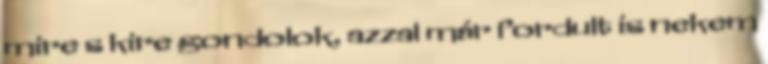
mire s kire gondolok, azzal már fordult is nekem